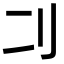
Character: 𠚧